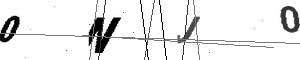
Text: 0NJ0